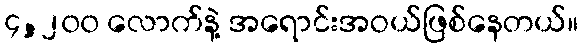
၄,၂၀၀ လောက်နဲ့ အရောင်းအဝယ်ဖြစ်နေတယ်။